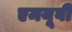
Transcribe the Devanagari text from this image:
एमयूवी